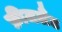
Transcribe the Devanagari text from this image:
फ्रीजलैंड